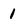
Character: 1